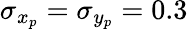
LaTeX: \sigma_{x_{p}}=\sigma_{y_{p}}=0.3